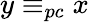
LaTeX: y\equiv_{pc}x